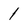
Character: 1